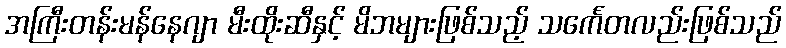
အကြီးတန်းမန်နေဂျာ မီးထိုးဆီနှင့် မိဘများဖြစ်သည့် သင်္ကေတလည်းဖြစ်သည်